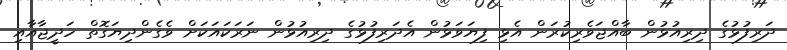
ދަރިފުޅުގެ ދިރިއުޅުން ބާއްޖަވެރިކުރަން އެޅި ފިޔަވަޅުން އެދަރިފުޅުގެ ދިރިއުޅުން ނަރަކައަކަށް ވެގެންދިޔަގޮތް ހަދީޖާއާއި